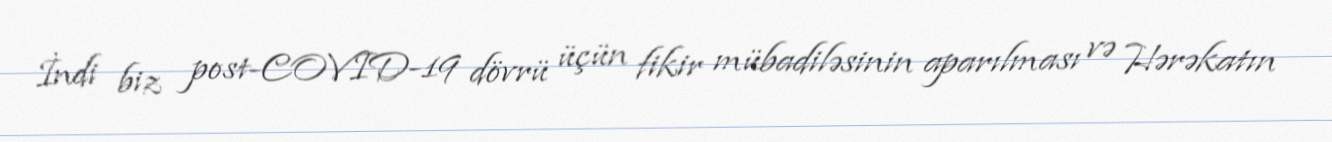
İndi biz post-COVID-19 dövrü üçün fikir mübadiləsinin aparılması və Hərəkatın